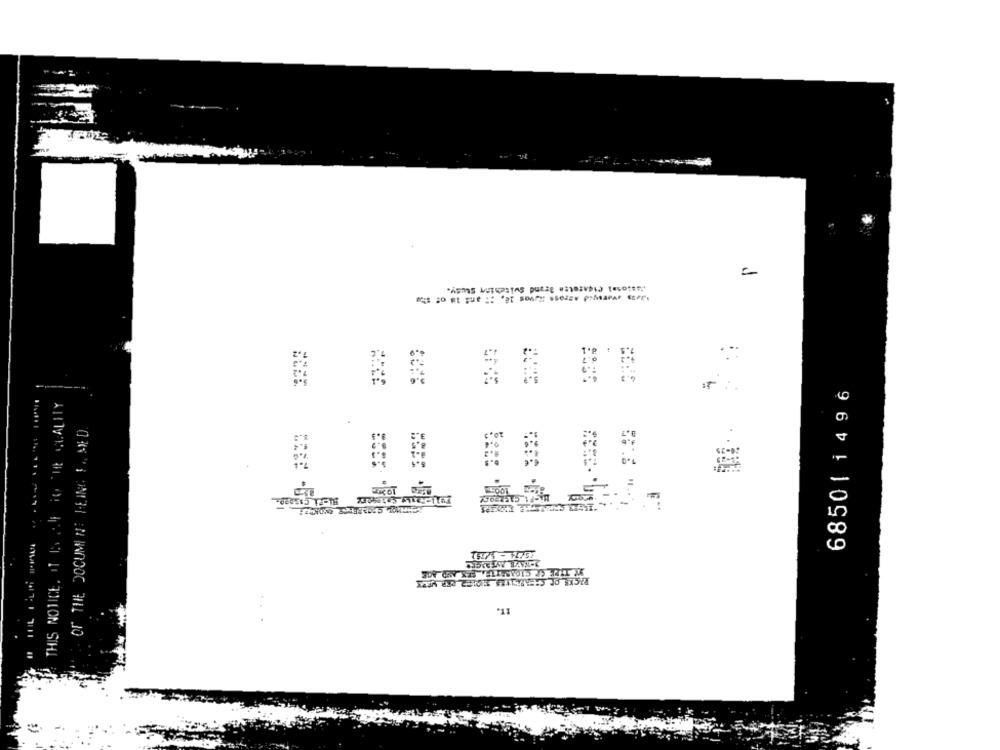
Pasional Cigarette Brand Switching Stusy.
68501 1496
THIS NOTICE. 1 6 24 TO THE QUALITY
IT.